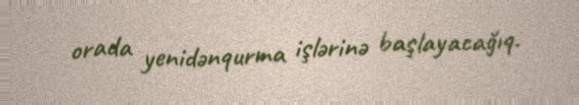
orada yenidənqurma işlərinə başlayacağıq.